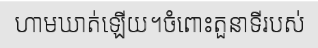
ហាមឃាត់ឡើយ។ចំពោះតួនាទីរបស់